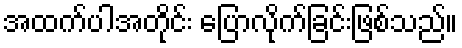
အထက်ပါအတိုင်း ပြောလိုက်ခြင်းဖြစ်သည်။